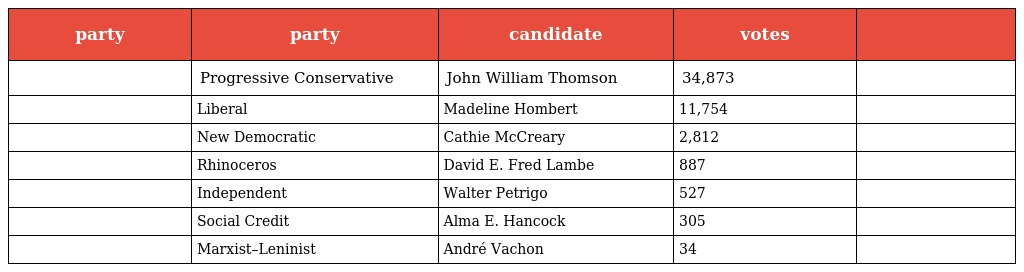
| party | party | candidate | votes |  |
 | --- | --- | --- | --- | --- |
 |  | Progressive Conservative | John William Thomson | 34,873 |  |
 |  | Liberal | Madeline Hombert | 11,754 |  |
 |  | New Democratic | Cathie McCreary | 2,812 |  |
 |  | Rhinoceros | David E. Fred Lambe | 887 |  |
 |  | Independent | Walter Petrigo | 527 |  |
 |  | Social Credit | Alma E. Hancock | 305 |  |
 |  | Marxist–Leninist | André Vachon | 34 |  |